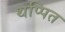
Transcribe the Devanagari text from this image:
थप्पित